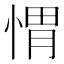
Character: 㥜